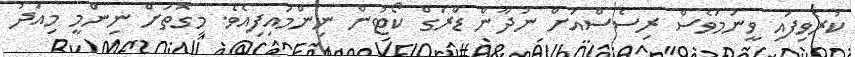
ކުރެވިފައި ވީނަމަވެސް ރިސެސްއަށް ނުދާން ޑްރަގް ކޯޓުން ނިންމައިފިއެވެ. މިގޮތަށް ނިންމީ މިއަދު